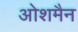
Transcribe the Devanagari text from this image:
ओशमैन